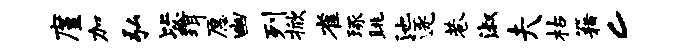
廑加弘毖珥愿幽列掀雀琢眺池逐巷淑夫枯籍c